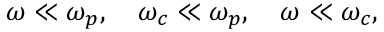
\begin{array} { r } { \omega \ll \omega _ { p } , \quad \omega _ { c } \ll \omega _ { p } , \quad \omega \ll \omega _ { c } , } \end{array}